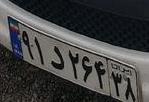
۹۱د۲۶۴۳۸